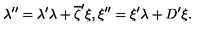
\lambda ^ { \prime \prime } = \lambda ^ { \prime } \lambda + \overline { { \zeta } } ^ { \prime } \xi , \xi ^ { \prime \prime } = \xi ^ { \prime } \lambda + D ^ { \prime } \xi .